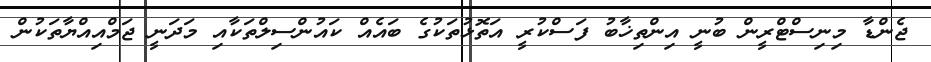
ޖެންޑާ މިނިސްޓްރީން ބުނީ އިންތިޚާބު ފަސްކުރީ އަތޮޅުތަކުގެ ބައެއް ކައުންސިލްތަކާއި މަދަނީ ޖަމްއިއްޔާތަކުން